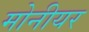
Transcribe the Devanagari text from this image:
मोनीयर